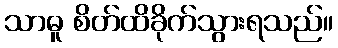
သာဓူ စိတ်ထိခိုက်သွားရသည်။